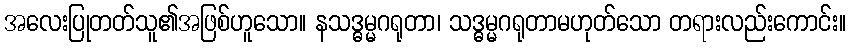
အလေးပြုတတ်သူ၏အဖြစ်ဟူသော။ နသဒ္ဓမ္မဂရုတာ၊ သဒ္ဓမ္မဂရုတာမဟုတ်သော တရားလည်းကောင်း။